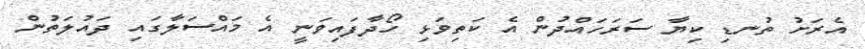
އެރަށު ތުނޑި ކިޔާ ސަރަހައްދުން އެ ކަތިވަޅި ހޯދާފައިވަނީ އެ މައްސަލާގައި ދައުލަތުން